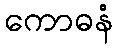
ကောဓနံ